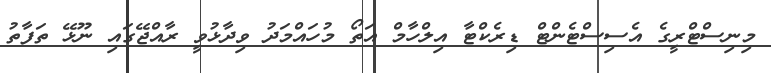
މިނިސްޓްރީގެ އެސިސްޓެންޓް ޑިރެކްޓާ އިލްހާމް އަތޯ މުހައްމަދު ވިދާޅުވީ ރާއްޖޭގައި ނޫޅޭ ތަފާތު